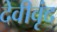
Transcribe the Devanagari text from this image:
देवीवृंद